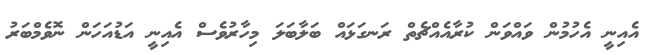
އެއިނީ އެހުމުން ވައްވަން ކުރާއެއްޗެތް ރަނގަޅައް ބަލާބަލަ މިހާރުވެސް އެއިނީ އަޑުއަހަން ނޮވެމްބަރު